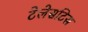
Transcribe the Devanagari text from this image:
टेलेसटिस